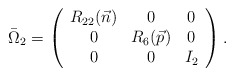
\begin{align*}\bar{\Omega}_2 = \left( \begin{array}{ccc} R_{22}(\vec{n}) & 0 & 0 \\ 0 & R_6(\vec{p}) & 0 \\ 0 & 0 & I_2 \end{array} \right). \end{align*}